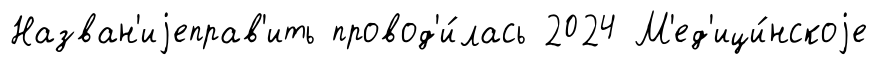
Назван'иjеправ'ить провод'и́лась 2024 М'ед'ици́нскоjе